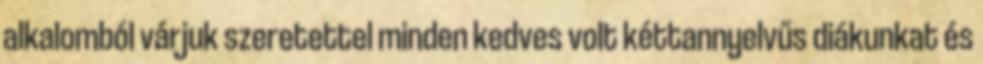
alkalomból várjuk szeretettel minden kedves volt kéttannyelvűs diákunkat és